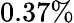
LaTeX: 0.37\%